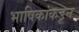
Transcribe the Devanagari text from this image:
भाषिकांकडून